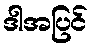
ဒါအပြင်